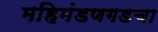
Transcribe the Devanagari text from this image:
महिमंडणगडचा